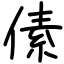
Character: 傃